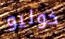
خوليو